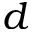
d